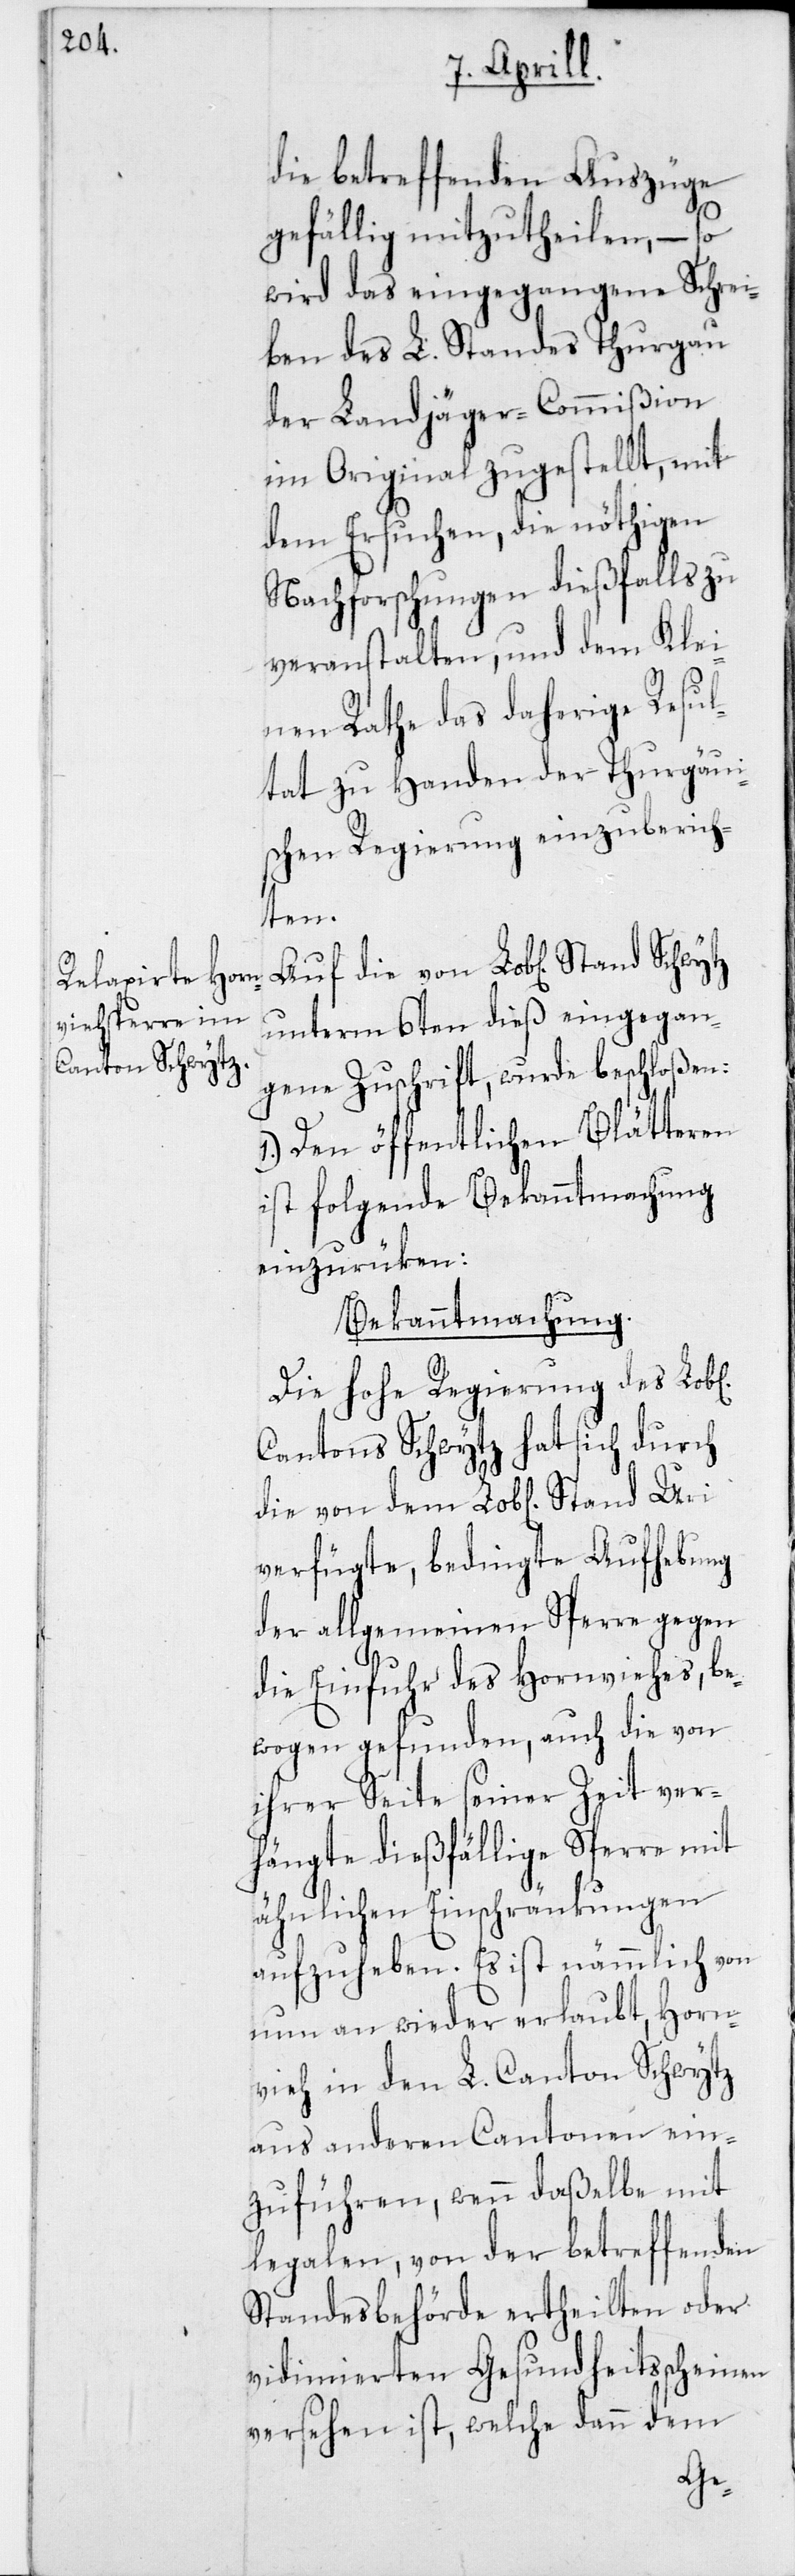
die betreffenden Auszüge
gefällig mitzutheilen, – so
wird das eingegangene Schrei¬
ben des L. Standes Thurgau
der Landjäger-Commißion
im Original zugestellt, mit
dem Ersuchen, die nöthigen
Nachforschungen dießfalls zu
veranstalten, und dem Klei¬
nen Rathe das daherige Resul¬
tat zu Handen der Thurgäui¬
schen Regierung einzuberich¬
ichen]
unterm 6ten dieß eingegan¬
gene Zuschrift, wurde beschloßen:
1. Den öffentlichen Blätteren
ist folgende Bekanntmachung
einzurüken:
Bekanntmachung.
Die hohe Regierung des Lob[l¬
Cantons Schwytz hat sich durch
verfügte, bedingte Aufhebung
der allgemeinen Sperre gegen
die Einfuhr des Hornviehes, be¬
wogen gefunden, auch die von
ihrer Seite seiner Zeit ver¬
hängte dießfällige Sperre mit
ähnlichen Einschränkungen
aufzuheben. Es ist nämmlich von
nun an wieder erlaubt, Horn¬
vieh in den L. Canton Schwytz
aus anderen Cantonen ein¬
zuführen, wenn daßelbe mit
legalen, von der betreffenden
Standesbehörde ertheilten oder
vidimierten Gesundheitsscheinen
versehen ist, welche dann dem